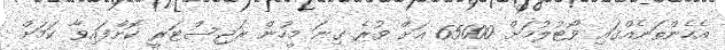
އެހެންތަނެއްގައި ވޯޓުލުމަށް 65000 އަށް ވުރެ ގިނަ މީހުން ރަޖިސްޓަރީ ކޮށްފައިވާ ކަމަށް